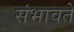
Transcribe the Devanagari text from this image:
संभावते